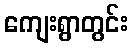
ကျေးရွာတွင်း